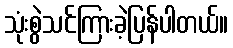
သုံးစွဲသင်ကြားခဲ့ပြန်ပါတယ်။